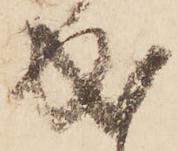
成